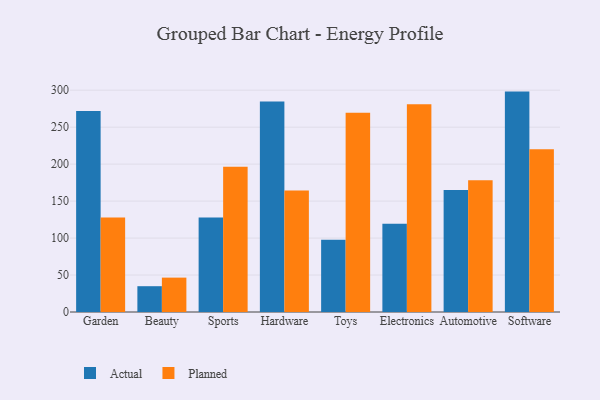
{"axis": {"x": "Category", "y": "Operating Costs (USD K)"}, "legend": ["Actual", "Planned"], "data": [{"x": "Garden", "y": 271.9, "type": "Actual"}, {"x": "Garden", "y": 127.9, "type": "Planned"}, {"x": "Beauty", "y": 34.9, "type": "Actual"}, {"x": "Beauty", "y": 46.5, "type": "Planned"}, {"x": "Sports", "y": 127.7, "type": "Actual"}, {"x": "Sports", "y": 196.6, "type": "Planned"}, {"x": "Hardware", "y": 284.7, "type": "Actual"}, {"x": "Hardware", "y": 164.5, "type": "Planned"}, {"x": "Toys", "y": 97.7, "type": "Actual"}, {"x": "Toys", "y": 269.4, "type": "Planned"}, {"x": "Electronics", "y": 119.5, "type": "Actual"}, {"x": "Electronics", "y": 280.9, "type": "Planned"}, {"x": "Automotive", "y": 164.9, "type": "Actual"}, {"x": "Automotive", "y": 178.3, "type": "Planned"}, {"x": "Software", "y": 298.1, "type": "Actual"}, {"x": "Software", "y": 220.1, "type": "Planned"}]}